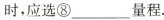
时，应选⑧___量程.